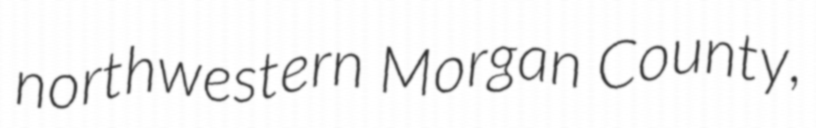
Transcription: northwestern Morgan County,